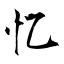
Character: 忆